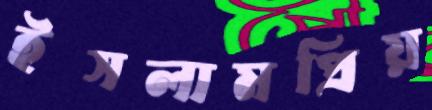
ইসলামপ্রিয়